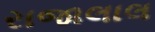
રાજાલાલ